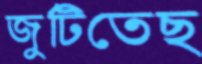
জুটিতেছ